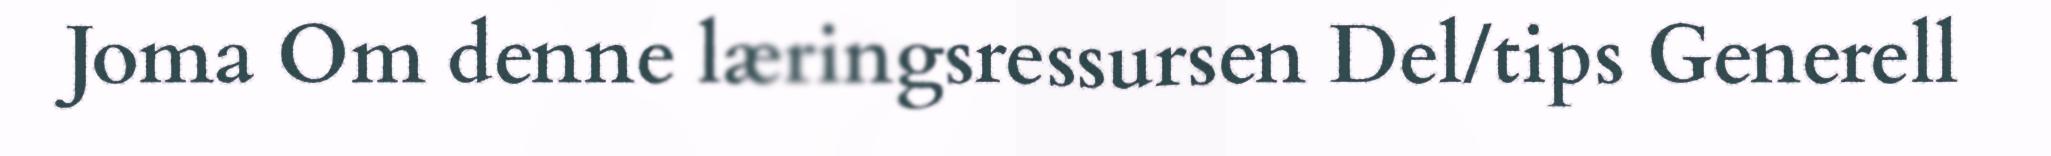
Joma Om denne læringsressursen Del/tips Generell